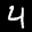
Label: 4